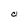
Character: 0